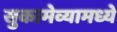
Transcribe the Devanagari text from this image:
सुकामेव्यामध्ये